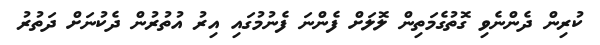
ކުރިން ދެންނެވި ގޮތުގެމަތިން ލޮލަށް ފެންނަ ފެނުމުގައި އިރު އުތުރުން ދެކުނަށް ދަތުރު